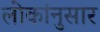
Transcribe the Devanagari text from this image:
लोकांनुसार